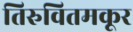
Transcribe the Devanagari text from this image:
तिरुवितमकूर